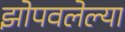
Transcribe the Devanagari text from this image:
झोपवलेल्या